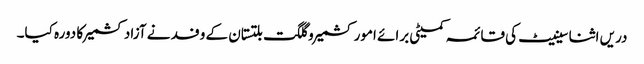
دریں اثنا سینیٹ کی قائمہ کمیٹی برائے امور کشمیر و گلگت بلتستان کے وفد نے آزادکشمیر کا دورہ کیا۔